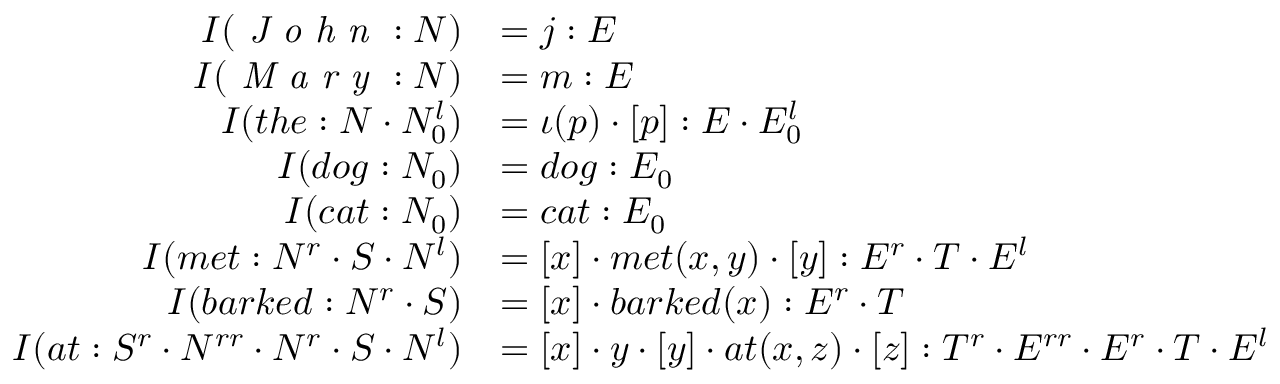
{ \begin{array} { r l } { I ( { \textit { J o h n } } : N ) } & { = j : E } \\ { I ( { \textit { M a r y } } : N ) } & { = m : E } \\ { I ( t h e : N \cdot N _ { 0 } ^ { l } ) } & { = \iota ( p ) \cdot [ p ] : E \cdot E _ { 0 } ^ { l } } \\ { I ( d o g : N _ { 0 } ) } & { = d o g : E _ { 0 } } \\ { I ( c a t : N _ { 0 } ) } & { = c a t : E _ { 0 } } \\ { I ( m e t : N ^ { r } \cdot S \cdot N ^ { l } ) } & { = [ x ] \cdot m e t ( x , y ) \cdot [ y ] : E ^ { r } \cdot T \cdot E ^ { l } } \\ { I ( b a r k e d : N ^ { r } \cdot S ) } & { = [ x ] \cdot b a r k e d ( x ) : E ^ { r } \cdot T } \\ { I ( a t : S ^ { r } \cdot N ^ { r r } \cdot N ^ { r } \cdot S \cdot N ^ { l } ) } & { = [ x ] \cdot y \cdot [ y ] \cdot a t ( x , z ) \cdot [ z ] : T ^ { r } \cdot E ^ { r r } \cdot E ^ { r } \cdot T \cdot E ^ { l } } \end{array} }